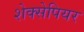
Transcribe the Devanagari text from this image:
शेक्सेपियर